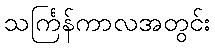
သင်္ကြန်ကာလအတွင်း